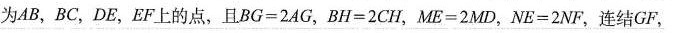
为AB，BC，DE，EF上的点，且$$B G = 2 A G$$，$$B H = 2 C H$$，$$M E = 2 M D$$，$$N E = 2 N F$$，连结GF，